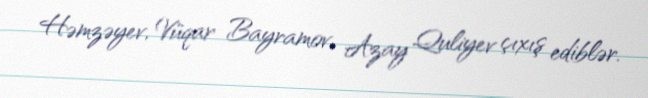
Həmzəyev, Vüqar Bayramov, Azay Quliyev çıxış ediblər.